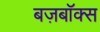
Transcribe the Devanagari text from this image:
बज़बॉक्स